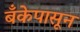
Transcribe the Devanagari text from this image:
बँकेपासून